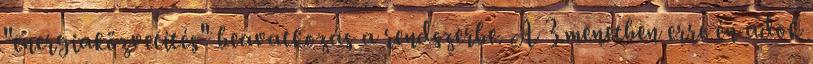
"energiaközvetítés" beavatkozás a rendszerbe. A 3.menetben erre én adok